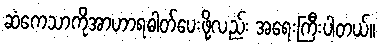
ဆံကေသာကိုအာဟာရဓါတ်ပေးဖို့လည်း အရေးကြီးပါတယ်။